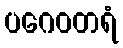
ပဂေဝတရံ